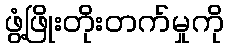
ဖွံ့ဖြိုးတိုးတက်မှုကို